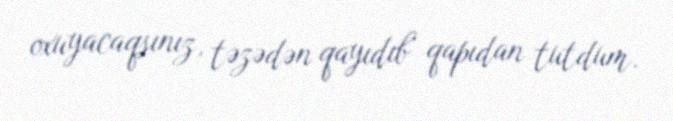
oxuyacaqsınız, təzədən qayıdıb qapıdan tutdum.